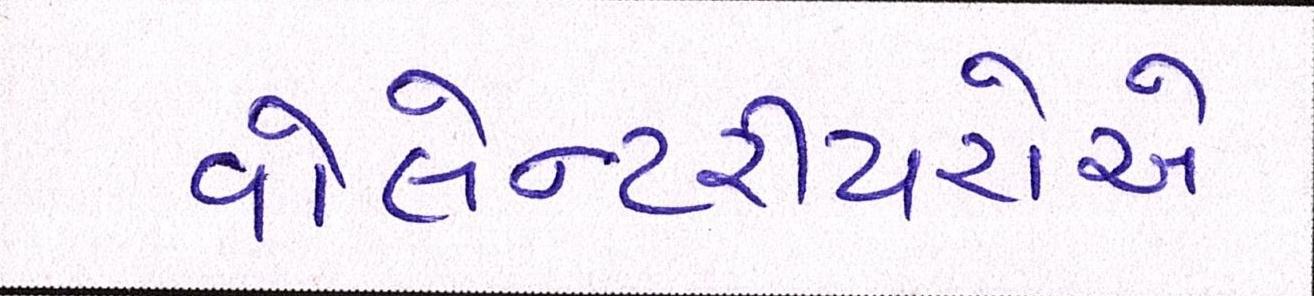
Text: વોલેન્ટરીયરોએ